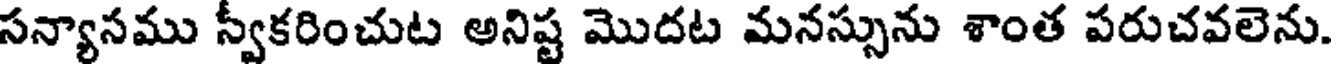
సన్యానము స్వకరించుట అనిష్ట మొదట మనస్సును శాంత పరుచవలెను.